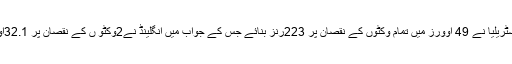
تفصیل کے مطابق کل کھیلے گے میچ میں آسٹریلیا نے 49 اوورز میں تمام وکٹوں کے نقصان پر 223رنز بنائے جس کے جواب میں انگلینڈ نے2وکٹو ں کے نقصان پر 32.1اوورز میں مطلوبہ ہدف آسانی سے پورا کرلیا۔